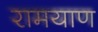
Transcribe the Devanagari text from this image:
रामयाण